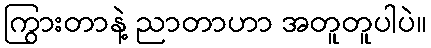
ကြွားတာနဲ့ ညာတာဟာ အတူတူပါပဲ။